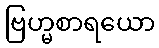
ဗြဟ္မစာရယော